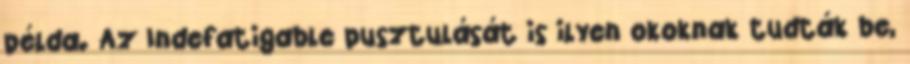
példa. Az Indefatigable pusztulását is ilyen okoknak tudták be,